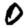
Digit: 0